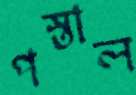
পস্তাল